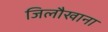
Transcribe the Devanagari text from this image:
जिलौखाना